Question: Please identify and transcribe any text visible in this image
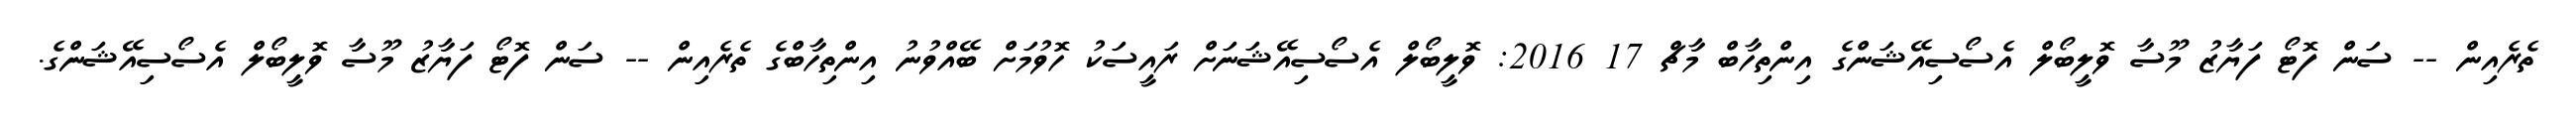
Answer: ތެރެއިން -- ސަން ފޮޓޯ ފަޔާޒު މޫސާ ވޮލީބޯލް އެސޯސިއޭޝަންގެ އިންތިހާބް މާޗް 17 2016: ވޮލީބޯލް އެސޯސިއޭޝަނަށް ރައީސަކު ހޮވުމަށް ބޭއްވުނު އިންތިހާބްގެ ތެރެއިން -- ސަން ފޮޓޯ ފަޔާޒު މޫސާ ވޮލީބޯލް އެސޯސިއޭޝަންގެ.